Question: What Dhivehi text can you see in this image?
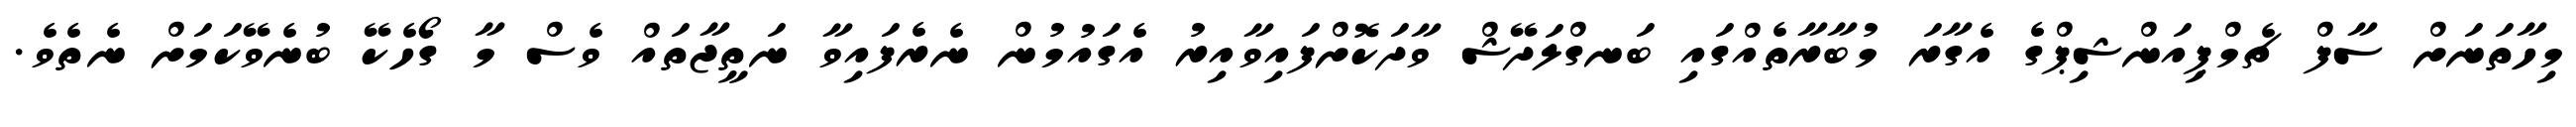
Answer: މިހާތަނަށް ސާފް ޗެމްޕިއަންޝިޕްގެ އެގާރަ މުބާރާތެއްގައި ބަނގްލަދޭޝް ވާދަކޮށްފައިވާއިރު އެގައުމުން ނެރެފައިވާ ނަތީޖާތައް ވެސް މާ ގޯހެކޭ ބުނެވޭކަމަށް ނެތެވެ.